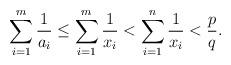
LaTeX: \begin{align*}\sum_{i=1}^m \frac{1}{a_i} \leq \sum_{i=1}^m \frac{1}{x_i} < \sum_{i=1}^n \frac{1}{x_i} < \frac{p}{q}. \end{align*}